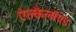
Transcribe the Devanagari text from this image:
ऐल्कैलॉयड